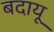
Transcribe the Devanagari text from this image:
बदायू